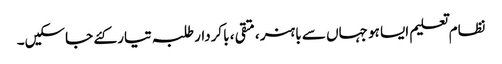
نظام تعلیم ایسا ہو جہاں سے باہنر ،متقی ، باکردار طلبہ تیار کئے جاسکیں۔